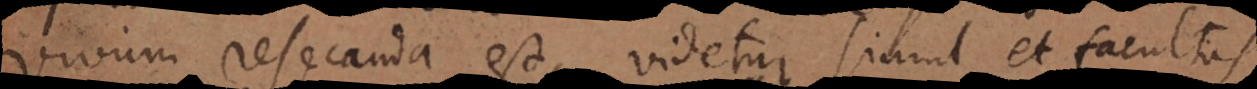
vivum resecanda est, videtur simul et facultas